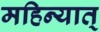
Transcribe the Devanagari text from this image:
महिन्यात्